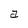
Character: a